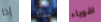
إذا جدك اقوياء